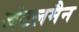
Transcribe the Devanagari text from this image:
जंटलमैन